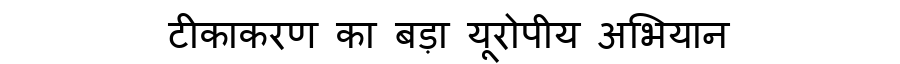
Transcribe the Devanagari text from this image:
टीकाकरण का बड़ा यूरोपीय अभियान